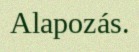
Alapozás.